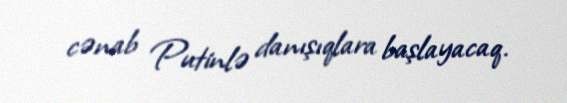
cənab Putinlə danışıqlara başlayacaq.